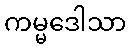
ကမ္မဒေါသာ